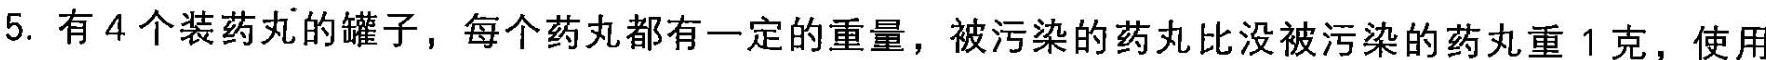
5.有4个装药丸的罐子，每个药丸都有一定的重量，被污染的药丸比没被污染的药丸重1克，使用